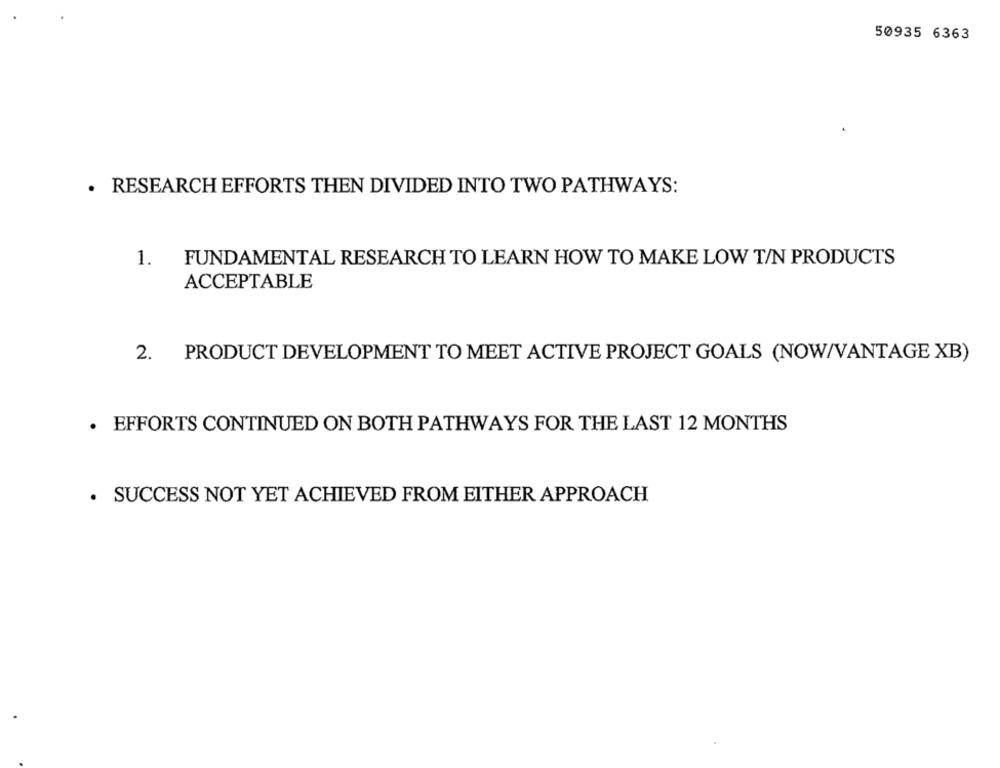
50935 6363
. RESEARCH EFFORTS THEN DIVIDED INTO TWO PATHWAYS:
1.
FUNDAMENTAL RESEARCH TO LEARN HOW TO MAKE LOW T/N PRODUCTS
ACCEPTABLE
2. PRODUCT DEVELOPMENT TO MEET ACTIVE PROJECT GOALS (NOW/VANTAGE XB)
. EFFORTS CONTINUED ON BOTH PATHWAYS FOR THE LAST 12 MONTHS
· SUCCESS NOT YET ACHIEVED FROM EITHER APPROACH